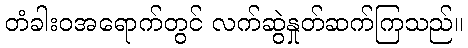
တံခါးဝအရောက်တွင် လက်ဆွဲနှုတ်ဆက်ကြသည်။